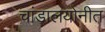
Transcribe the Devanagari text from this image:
चांडालयोनीत